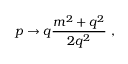
p \rightarrow q \frac { m ^ { 2 } + q ^ { 2 } } { 2 q ^ { 2 } } ~ ,